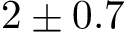
2 \pm 0 . 7